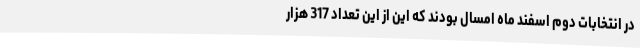
در انتخابات دوم اسفند ماه امسال بودند که این از این تعداد 317 هزار